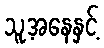
သူ့အနေနှင့်